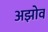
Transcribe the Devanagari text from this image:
अझोव